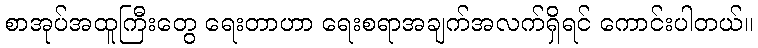
စာအုပ်အထူကြီးတွေ ရေးတာဟာ ရေးစရာအချက်အလက်ရှိရင် ကောင်းပါတယ်။